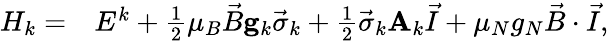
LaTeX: \begin{array}{rl}{H_{k}=}&{{}E^{k}+\frac{1}{2}\mu_{B}\vec{B}\mathbf{g}_{k}\vec{\sigma}_{k}+\frac{1}{2}\vec{\sigma}_{k}\mathbf{A}_{k}\vec{I}+\mu_{N}g_{N}\vec{B}\cdot\vec{I},}\end{array}